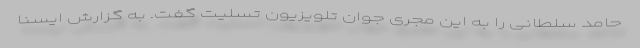
حامد سلطانی را به این مجری جوان تلویزیون تسلیت گفت. به گزارش ایسنا